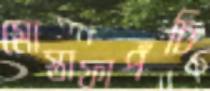
মোস্তাফাপঁচি